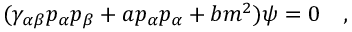
( \gamma _ { \alpha \beta } p _ { \alpha } p _ { \beta } + a p _ { \alpha } p _ { \alpha } + b m ^ { 2 } ) \psi = 0 \quad ,